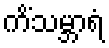
ကိံသမ္ဘာရံ